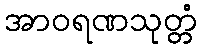
အာဝရဏသုတ္တံ